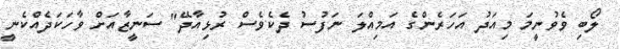
ލޯބި ވެވުނީމަ މިއަދު އަހަރެންގެ އަމިއްލަ ނަފުސު ދެކެވެސް ރުޅިއާދޭ" ސަނީޒާއަށް ވާހަކަދެއްކެނީ